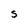
Character: S